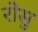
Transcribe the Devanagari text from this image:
रोसु